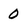
Character: 0